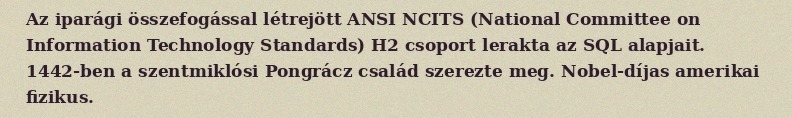
Az iparági összefogással létrejött ANSI NCITS (National Committee on Information Technology Standards) H2 csoport lerakta az SQL alapjait. 1442-ben a szentmiklósi Pongrácz család szerezte meg. Nobel-díjas amerikai fizikus.